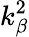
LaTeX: k_{\beta}^{2}